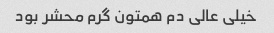
خیلی عالی دم همتون گرم محشر بود